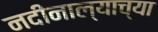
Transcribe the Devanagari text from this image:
नदीनाल्याच्या